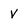
Character: v